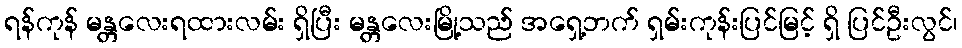
ရန်ကုန် မန္တလေးရထားလမ်း ရှိပြီး မန္တလေးမြို့သည် အရှေ့ဘက် ရှမ်းကုန်းပြင်မြင့် ရှိ ပြင်ဦးလွင်၊